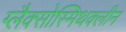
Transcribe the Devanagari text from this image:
ग्लैक्सोस्मिथक्लीन